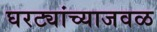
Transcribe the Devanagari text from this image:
घरट्यांच्याजवळ